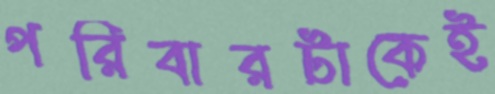
পরিবারটাকেই